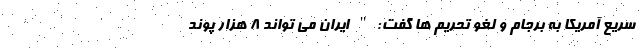
سریع آمریکا به برجام و لغو تحریم ها گفت:" ایران می تواند 8 هزار پوند